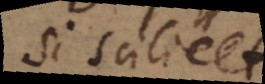
Si scilicet